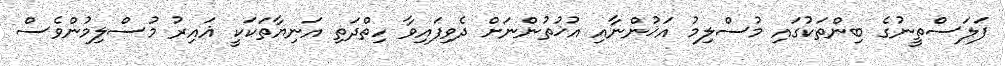
ފަލަސްތީނުގެ ބިންތަކުގައި މުސްލިމު އަޚުންނާއި އުޚުތުންނަށް ދެވިފައިވާ ހިތްދަތި އަނިޔާތަކަކީ ޣައިރު މުސްލިމުންވެސް